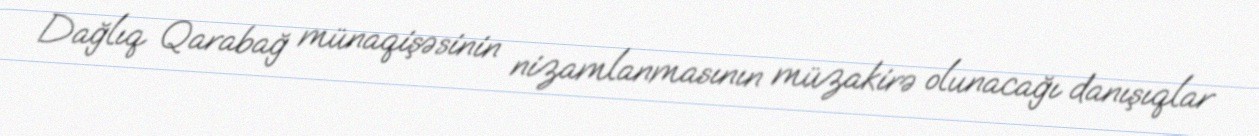
Dağlıq Qarabağ münaqişəsinin nizamlanmasının müzakirə olunacağı danışıqlar